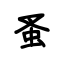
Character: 蚤